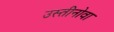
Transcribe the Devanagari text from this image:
उस्तीनोवा